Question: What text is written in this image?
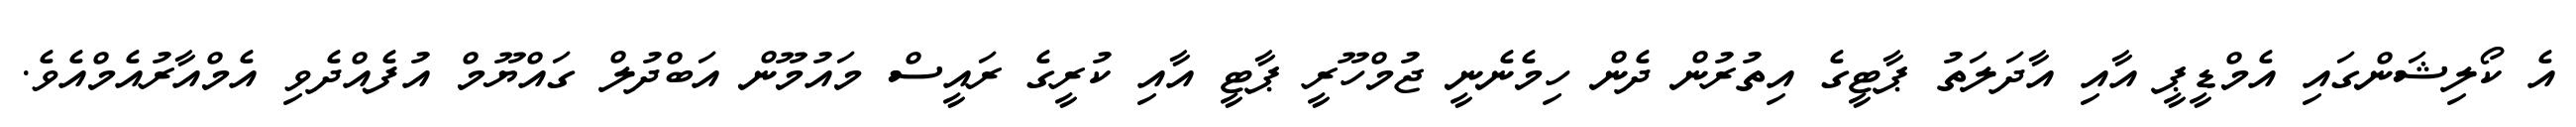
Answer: އެ ކޯލިޝަންގައި އެމްޑީޕީ އާއި އާދަލަތު ޕާޓީގެ އިތުރުން ދެން ހިމެނެނީ ޖުމްހޫރީ ޕާޓީ އާއި ކުރީގެ ރައީސް މައުމޫން އަބްދުލް ގައްޔޫމް އުފެއްދެވި އެމްއާރުއެމްއެވެ.